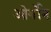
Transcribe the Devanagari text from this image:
ओर्गोन